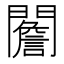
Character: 䦲